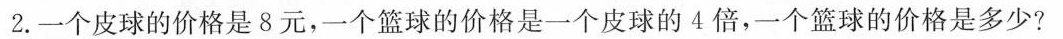
2.一个皮球的价格是8元，一个篮球的价格是一个皮球的4倍，一个篮球的价格是多少?